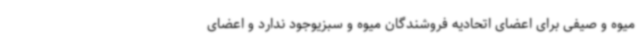
میوه و صیفی برای اعضای اتحادیه فروشندگان میوه و سبزیوجود ندارد و اعضای